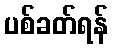
ပစ်ခတ်ရန်